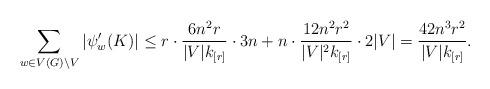
LaTeX: \begin{align*}\sum_{w\in V(G)\setminus V}|\psi'_w(K)|&\leq r\cdot \frac{6n^{2}r}{|V|k_{[r]}}\cdot 3n+n\cdot\frac{12n^{2}r^{2}}{|V|^{2}k_{[r]}}\cdot 2|V|= \frac{42n^3r^2}{|V|k_{[r]}}. \end{align*}